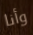
وأنا